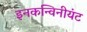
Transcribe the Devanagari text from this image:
इनकन्विनीयंट